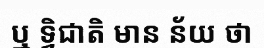
ឬ ទ្វិជាតិ មាន ន័យ ថា